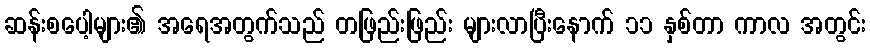
ဆန်းစပေါ့များ၏ အရေအတွက်သည် တဖြည်းဖြည်း များလာပြီးနောက် ၁၁ နှစ်တာ ကာလ အတွင်း